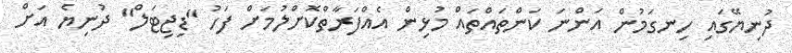
ދުނިޔޭގައި ހިނގަމުން އަންނަ ކަންތައްތައް މުޅިން އެއްފަރާތްކޮށްލުމަށް ފަހު "ޑިޖިޓަލް" ދުނިޔެ އަށް